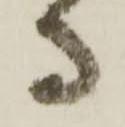
守